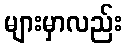
များမှာလည်း